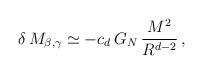
LaTeX: \begin{align*}\delta \, M_{\beta , \gamma} \simeq - c_d \, G_N \, \frac{M^2}{R^{d-2}}\, , \end{align*}